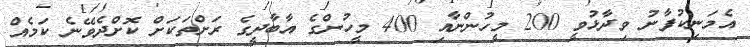
އެމަނިކުފާނު ވިދާޅުވީ 200 މީހުންނާއި 400 މީހުންގެ އާބާދީގެ ރަށްތަކަށް ކޮށްދެވޭނެ ކަމެއް